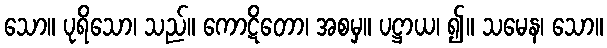
သော။ ပုရိသော၊ သည်။ ကောဋိတော၊ အစမှ။ ပဋ္ဌာယ၊ ၍။ သမေန၊ သော။